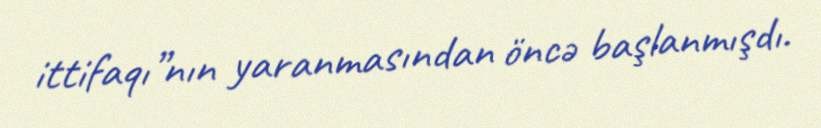
ittifaqı”nın yaranmasından öncə başlanmışdı.